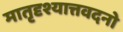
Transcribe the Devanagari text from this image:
मातृदृश्यात्तवदनो